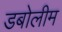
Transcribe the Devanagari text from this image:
डबोलीम